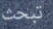
تبحث